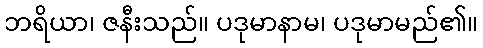
ဘရိယာ၊ ဇနီးသည်။ ပဒုမာနာမ၊ ပဒုမာမည်၏။